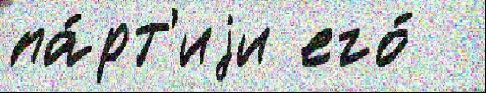
па́рт'иjи его́